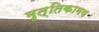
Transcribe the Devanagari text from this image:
मृत्तिकामय